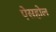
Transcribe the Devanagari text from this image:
ऐसहोल